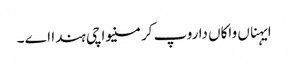
ایہناں واکاں دا روپ کرمنیواچی ہندا اے ۔